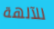
للآلهة